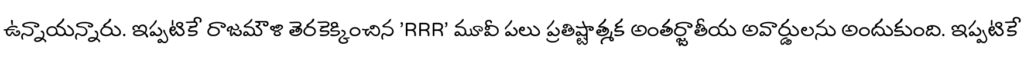
ఉన్నాయన్నారు. ఇప్పటికే రాజమౌళి తెరకెక్కించిన 'RRR' మూవీ పలు ప్రతిష్టాత్మక అంతర్జాతీయ అవార్డులను అందుకుంది. ఇప్పటికే